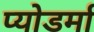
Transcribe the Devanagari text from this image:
प्योडर्मा